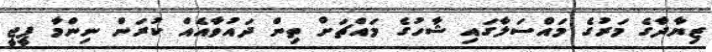
ޒިޔާދާގެ މަރުގެ މައްސަލާގައި ޝާހުގެ މައްޗަށް ތިން ދައުވާއެއް ކުރަން ނިންމާ ޕީޖީ